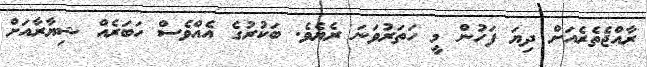
ރާއްޖެތެރެއަށް ދިޔަ ފަހުން މީ ހަތަރުވަނަ ރެޔެވެ. ބަކުރުގެ އެއްވެސް ހަބަރެއް ޝިޔާރާއަށް